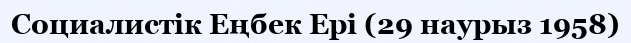
Социалистік Еңбек Ері (29 наурыз 1958)